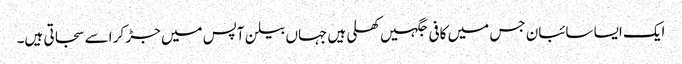
ایک ایسا سائبان جس میں کافی جگہیں کھلی ہیں جہاں بیلن آپس میں جڑ کر اسے سجاتی ہیں۔